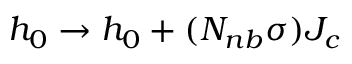
h _ { 0 } \rightarrow h _ { 0 } + ( N _ { n b } \sigma ) J _ { c }